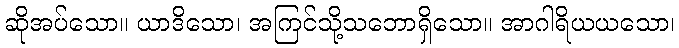
ဆိုအပ်သော။ ယာဒိသော၊ အကြင်သို့သဘောရှိသော။ အာဂါရိယယသော၊